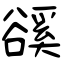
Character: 豀